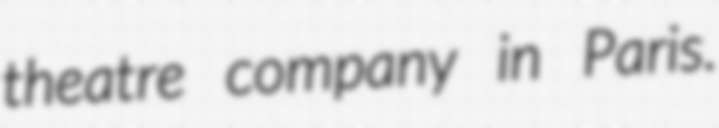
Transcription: theatre company in Paris.